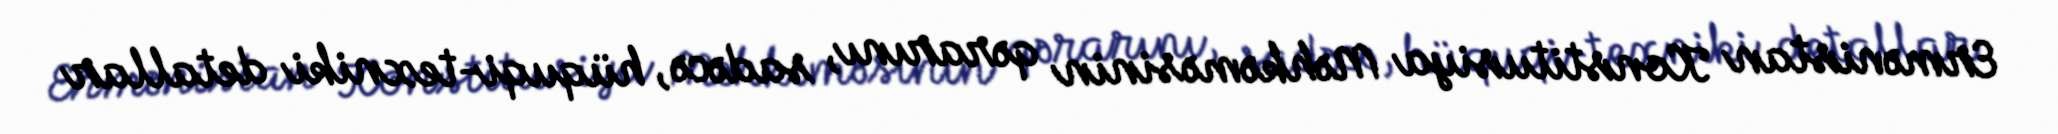
Ermənistan Konstitusiya Məhkəməsinin qərarını, sadəcə, hüquqi-texniki detallar